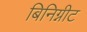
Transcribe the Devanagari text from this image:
बिनिग्नीट